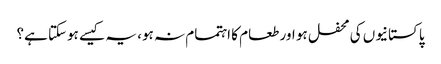
پاکستانیوں کی محفل ہو اور طعام کا اہتمام نہ ہو، یہ کیسے ہوسکتا ہے؟